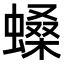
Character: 𧏠